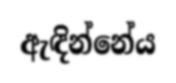
ඇඳින්නේය